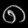
Digit: ၈